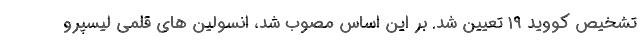
تشخیص کووید ۱۹ تعیین شد. بر این اساس مصوب شد، انسولین های قلمی لیسپرو